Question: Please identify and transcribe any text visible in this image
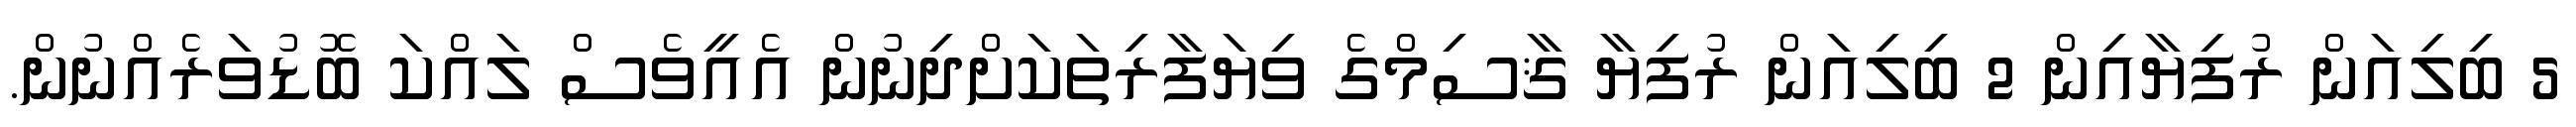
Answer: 5 ބިލިއަން ރުފިޔާއިން 2 ބިލިއަން ރުފިޔާ ޤާސިމްގެ ވިޔަފާރިތަކަށްދިނުން އެއީވެސް ލައްކަ ބޮޑުވަރެއްނުން.